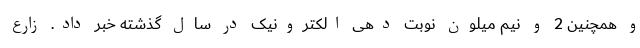
و همچنین 2 و نیم میلون نوبت دهی الکترونیک در سال گذشته خبر داد. زارع